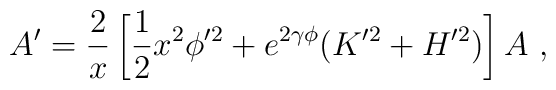
A' =  \frac{2}{x} \left[\frac{1}{2} x^2 \phi'^2                  + e^{2 \gamma \phi } (K'^2 +H'^2) \right] A\ ,